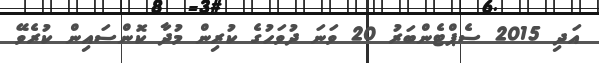
އަދި 2015 ސެޕްޓެންބަރު 20 ވަނަ ދުވަހުގެ ކުރިން މުދާ ކޮންސައިން ކުރެވޭ